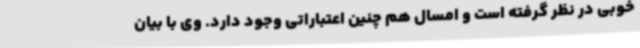
خوبی در نظر گرفته است و امسال هم چنین اعتباراتی وجود دارد. وی با بیان